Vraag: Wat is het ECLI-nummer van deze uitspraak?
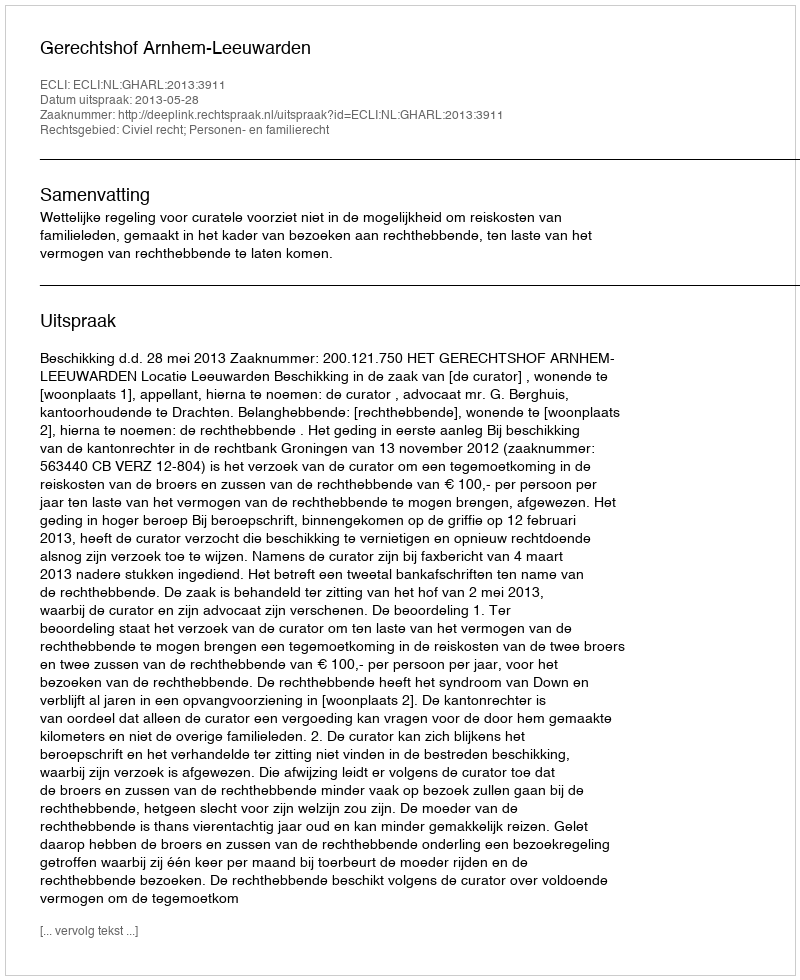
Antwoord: ECLI:NL:GHARL:2013:3911